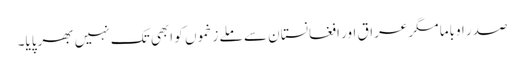
صدر اوباما مگر عراق اور افغانستان سے ملے زخموں کو ابھی تک نہیں بھرپایا۔